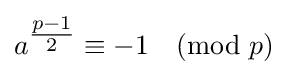
a^{\tfrac {p-1}{2}}\equiv {-1}{\pmod {p}}